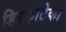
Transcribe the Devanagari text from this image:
डिस्कोटेका